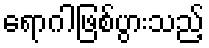
ရောဂါဖြစ်ပွားသည့်